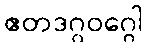
ဧတဒဂ္ဂဝဂ္ဂေါ